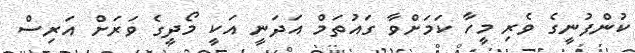
ކުންފުނީގެ ވެރި މީހާ ކަމަށްވާ ގައުތަމް އަދަނީ އަކީ މޯދީގެ ވަރަށް އަރިސް